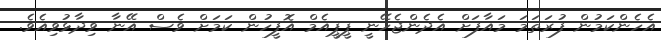
އެހެންކަމުން ފުރަތަމަ މައާފަށް އެދެންޖެހޭނީ ޕީޕީއެމް އޮފީހުން ކަމަށް ވެސް އޭނާ ވިދާޅުވިއެވެ.